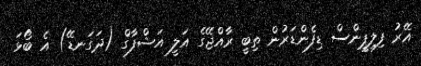
އޭރު ފިލިޕީންސް ޑިފެންޑަރުން ތިބީ ރާއްޖޭގެ އަލީ އަޝްފާގް (ދަގަނޑޭ) އެ ބޯޅަ